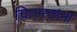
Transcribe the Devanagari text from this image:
चितारताना